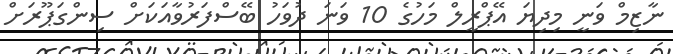
ނާޒިމް ވަނީ މިދިޔަ އޭޕްރީލް މަހުގެ 10 ވަނަ ދުވަހު ބޭސްފަރުވާއަކަށް ސިންގަޕޫރަށް